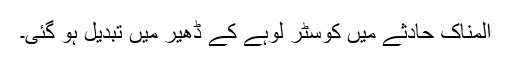
المناک حادثے میں کوسٹر لوہے کے ڈھیر میں تبدیل ہو گئی۔